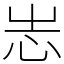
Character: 𢗍